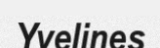
Yvelines